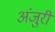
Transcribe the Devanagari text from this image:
अंजुरी